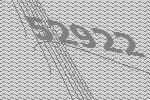
52922